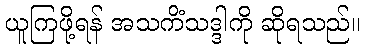
ယူကြဖို့ရန် အသကိံသဒ္ဒါကို ဆိုရသည်။